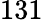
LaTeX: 131